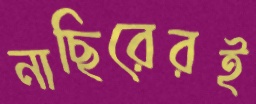
নাছিরেরই